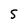
Character: S